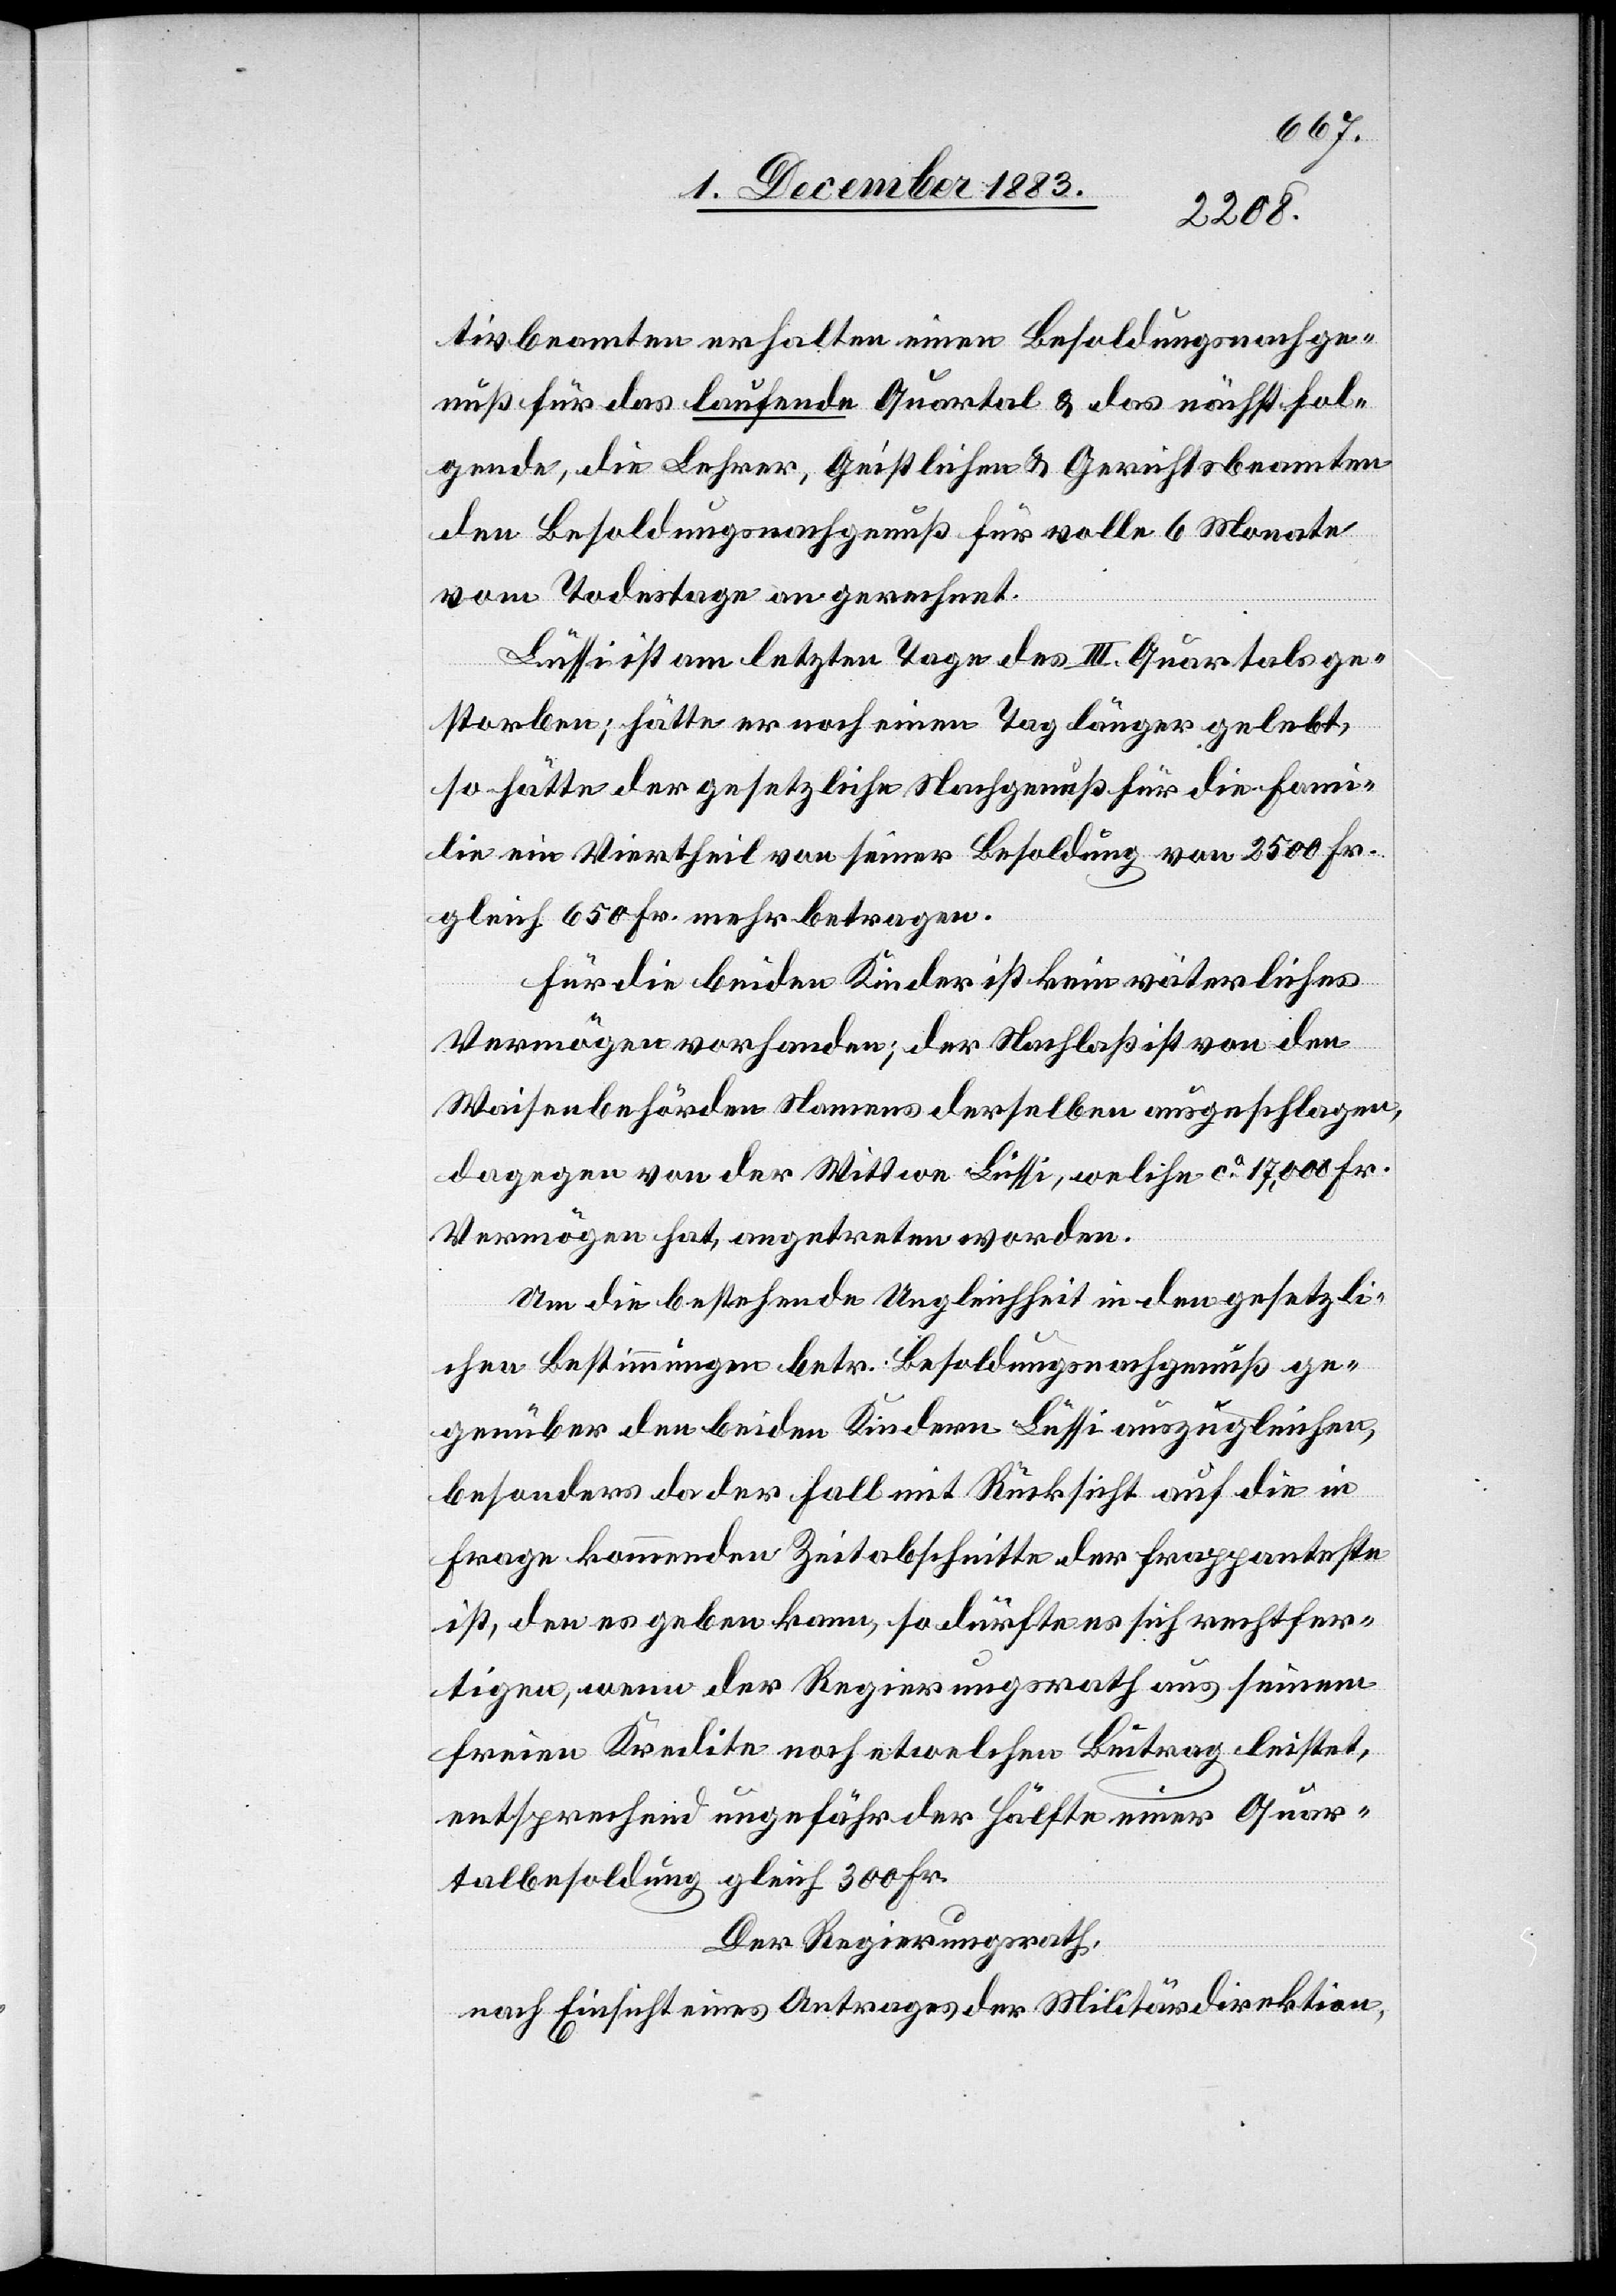
tivbeamten erhalten einen Besoldungsnachge¬
nuß für das laufende Quartal & das nächst fol¬
gende, die Lehrer, Geistlichen & Gerichtsbeamten
den Besoldungsnachgenuß für volle 6 Monate
vom Todestage an gerechnet.
Lüssi ist am letzten Tage des III. Quartals ge¬
storben; hätte er noch einen Tag länger gelebt,
so hätte der gesetzliche Nachgenuß für die Fami¬
lie ein Viertheil von seiner Besoldung von 2500 Fr.
gleich 650 Fr. mehr betragen.
Für die beiden Kinder ist kein väterliches
Vermögen vorhanden; der Nachlaß ist von den
Waisenbehörden Namens derselben ausgeschlagen,
dagegen von der Wittwe Lüssi, welche ca 17,000 Fr.
Vermögen hat, angetreten worden.
Um die bestehende Ungleichheit in den gesetzli¬
chen Bestimmungen betr. Besoldungsnachgenuß ge¬
genüber den beiden Kindern Lüssi auszugleichen,
besonders da der Fall mit Rücksicht auf die in
Frage kommenden Zeitabschnitte der frappanteste
ist, den es geben kann, so dürfte es sich rechtfer¬
tigen, wenn der Regierungsrath aus seinem
freien Kredite noch etwelchen Beitrag leistet,
entsprechend ungefähr der Hälfte einer Quar¬
talbesoldung gleich 300 Fr.
Der Regierungsrath,
nach Einsicht eines Antrages der Militärdirektion,